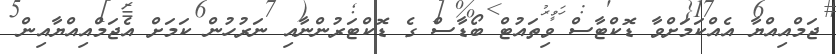
ޖަމްއިއްޔާ އެއްކަމަށްވާ ޑޮކްޓާސް ވިތައުޓް ބޯޑާސް ގެ ޑޮކްޓަރުންނާއި ނަރުހުން ކަމަށް އެޖަމްއިއްޔާއިން